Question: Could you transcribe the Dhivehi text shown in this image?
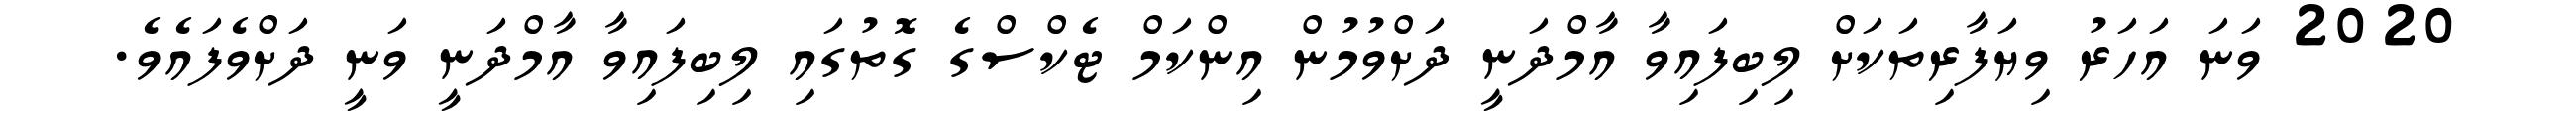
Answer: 2020 ވަނަ އަހަރު ވިޔަފާރިތަކަށް ލިބިފައިވާ އާމްދަނީ ދަށްވުމުން އިންކަމް ޓެކްސްގެ ގޮތުގައި ލިބިފައިވާ އާމްދަނީ ވަނީ ދަށްވެފައެވެ.